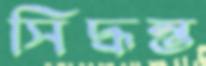
সিদ্ধন্ত